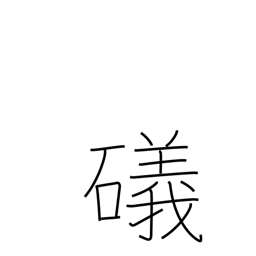
Meaning: shore